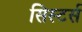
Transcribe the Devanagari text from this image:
सिस्टर्स